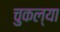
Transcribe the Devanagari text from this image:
चुकल्या